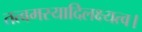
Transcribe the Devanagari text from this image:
तत्वमस्यादिलक्ष्यत्व।